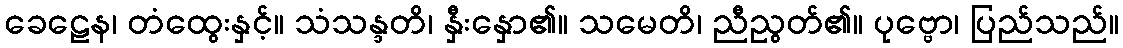
ခေဠေန၊ တံထွေးနှင့်။ သံသန္ဒတိ၊ နှီးနှော၏။ သမေတိ၊ ညီညွတ်၏။ ပုဗ္ဗော၊ ပြည်သည်။